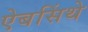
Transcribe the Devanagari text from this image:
ऐबसिंथे